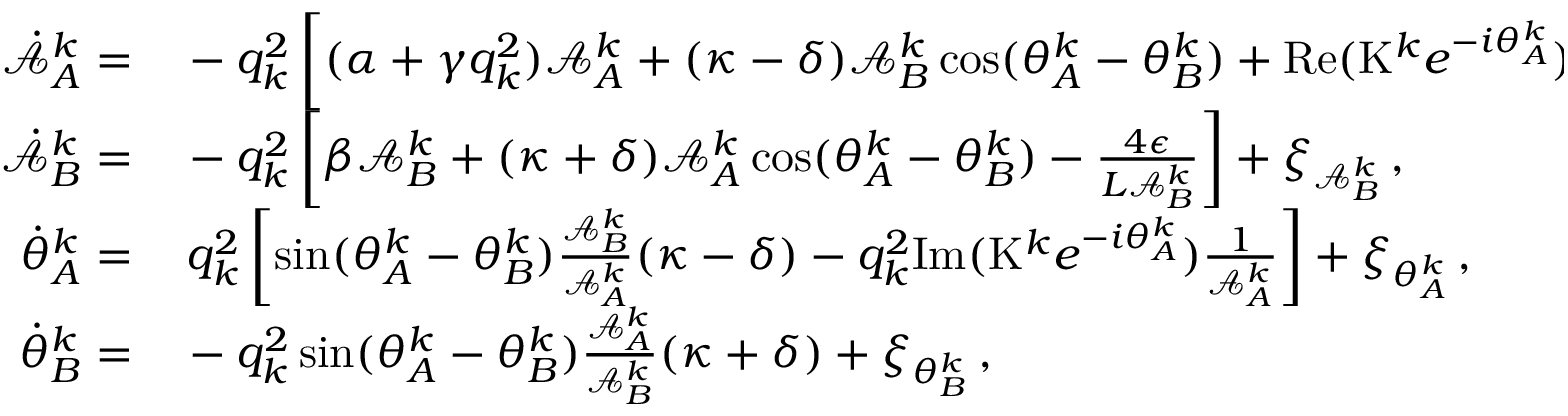
\begin{array} { r l } { \dot { \mathcal { A } } _ { A } ^ { k } = } & { { } - q _ { k } ^ { 2 } \left[ ( \alpha + \gamma q _ { k } ^ { 2 } ) \mathcal { A } _ { A } ^ { k } + ( \kappa - \delta ) \mathcal { A } _ { B } ^ { k } \cos ( \theta _ { A } ^ { k } - \theta _ { B } ^ { k } ) + \mathrm { R e } ( \mathrm { K } ^ { k } e ^ { - i \theta _ { A } ^ { k } } ) - \frac { 4 \epsilon } { L \mathcal { A } _ { A } ^ { k } } \right] + \xi _ { \mathcal { A } _ { A } ^ { k } } \, , } \\ { \dot { \mathcal { A } } _ { B } ^ { k } = } & { { } - q _ { k } ^ { 2 } \left[ \beta \mathcal { A } _ { B } ^ { k } + ( \kappa + \delta ) \mathcal { A } _ { A } ^ { k } \cos ( \theta _ { A } ^ { k } - \theta _ { B } ^ { k } ) - \frac { 4 \epsilon } { L \mathcal { A } _ { B } ^ { k } } \right] + \xi _ { \mathcal { A } _ { B } ^ { k } } \, , } \\ { \dot { \theta } _ { A } ^ { k } = } & { { } \, q _ { k } ^ { 2 } \left[ \sin ( \theta _ { A } ^ { k } - \theta _ { B } ^ { k } ) \frac { \mathcal { A } _ { B } ^ { k } } { \mathcal { A } _ { A } ^ { k } } ( \kappa - \delta ) - q _ { k } ^ { 2 } \mathrm { I m } ( \mathrm { K } ^ { k } e ^ { - i \theta _ { A } ^ { k } } ) \frac { 1 } { \mathcal { A } _ { A } ^ { k } } \right] + \xi _ { \theta _ { A } ^ { k } } \, , } \\ { \dot { \theta } _ { B } ^ { k } = } & { { } - q _ { k } ^ { 2 } \sin ( \theta _ { A } ^ { k } - \theta _ { B } ^ { k } ) \frac { \mathcal { A } _ { A } ^ { k } } { \mathcal { A } _ { B } ^ { k } } ( \kappa + \delta ) + \xi _ { \theta _ { B } ^ { k } } \, , } \end{array}